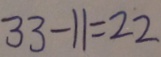
3 3 - 1 1 = 2 2